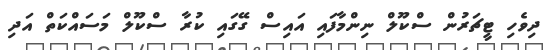
ދިވެހި ޓީޗަރުން ސްކޫލް ނިންމާފައި އައިސް ގޭގައި ކުރާ ސްކޫލް މަސައްކަތް އަދި